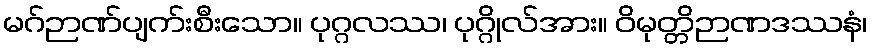
မဂ်ဉာဏ်ပျက်းစီးသော။ ပုဂ္ဂလဿ၊ ပုဂ္ဂိုလ်အား။ ဝိမုတ္တိဉာဏဒဿနံ၊